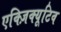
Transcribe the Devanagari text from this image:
एक्ज़िक्यूटिव